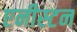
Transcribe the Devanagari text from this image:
एनीस्टन